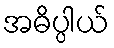
အဓိပ္ပါယ်